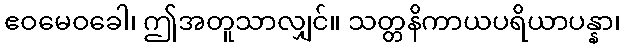
ဧဝမေဝခေါ၊ ဤအတူသာလျှင်။ သတ္တနိကာယပရိယာပန္နာ၊